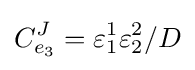
C_{e_{3}}^{J}=\varepsilon _{1}^{1}\varepsilon _{2}^{2}/D